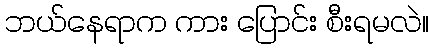
ဘယ်နေရာက ကား ပြောင်း စီးရမလဲ။